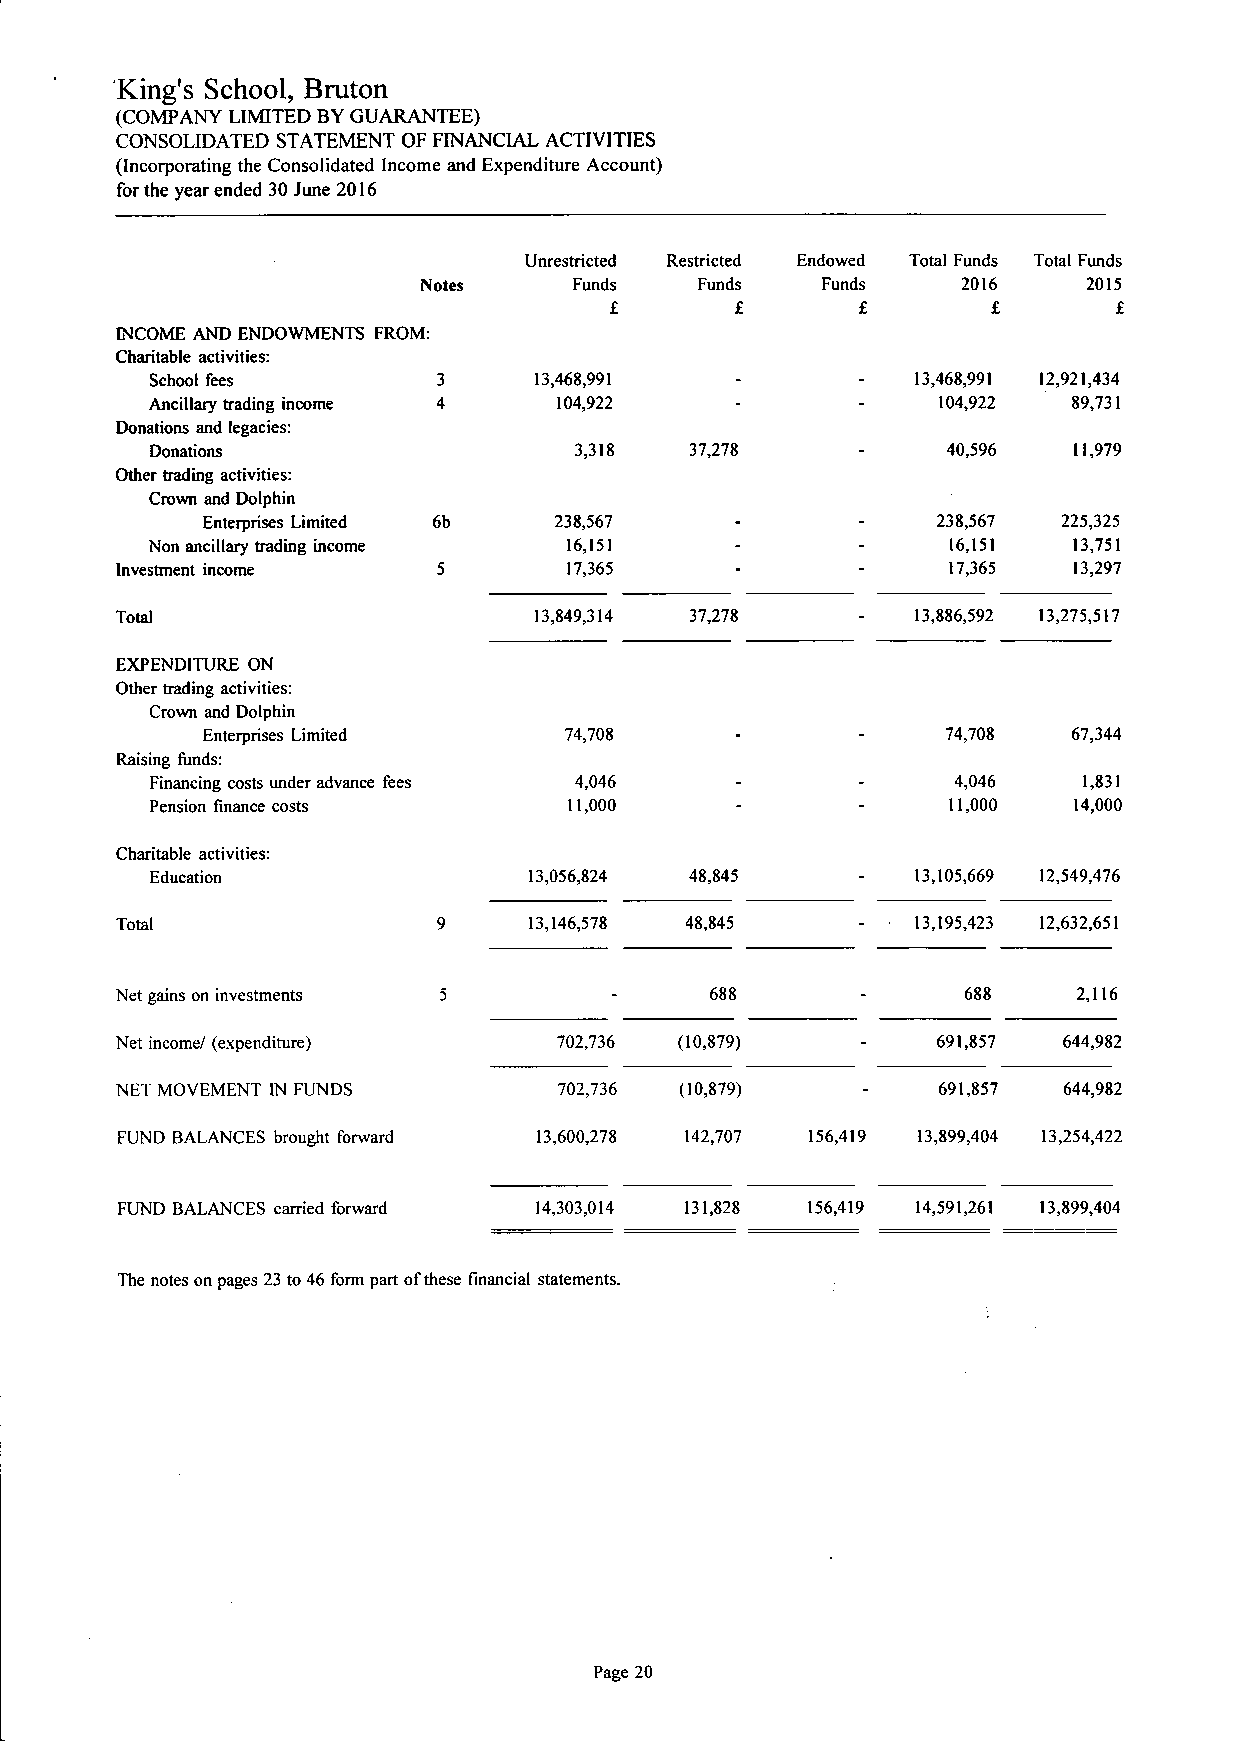
King's School, Bruton
 (COMPANY LIMITED BY GUARANTEE)
 CONSOLIDATED STATEMENT OF FINANCIAL ACTIVITIES
 (Incorporating the Consolidated Income and Expenditure Account)
 for the year ended 30 June 2016
 Unrestricted Restricted Endowed Total Funds Total Funds
 Notes     Funds   Funds   Funds     2016    2015
 £        £       £        £       £
 INCOME AND ENDOWMENTS FROM:
 Charitable activities:
 School fees        3     13,468,991                13,468,991 12,921,434
 Ancillary trading income 4 104,922                  104,922  89,731
 Donations and legacies:
 Donations                   3,318   37,278           40,596  11,979
 Other trading activities:
 Crown and Dolphin
 Enterprises Limited 6b  238,567                  238,567 225,325
 Non ancillary trading income 16,151                  16,151  13,751
 Investment income    5        17,365                   17,365  13,297
 Total                      13,849,314 37,278     -   13,886,592 13,275,517
 EXPENDITURE ON
 Other trading activities:
 Crown and Dolphin
 Enterprises Limited     74,708      -       -     74,708  67,344
 Raising funds:
 Financing costs under advance fees 4,046             4,046    1,831
 Pension finance costs       11,000                   11,000  14,000
 Charitable activities:
 Education                13,056,824 48,845     -   13,105,669 12,549,476
 Total                9     13,146,578 48,845     -   13,195,423 12,632,651
 Net gains on investments 5      -      688       -      688    2,116
 Net income/ (expenditure)    702,736 (10,879)    -    691,857 644,982
 NET MOVEMENT IN FUNDS        702,736 (10,879)    -    691,857 644,982
 FUND BALANCES brought forward 13,600,278 142,707 156,419 13,899,404 13,254,422
 FUND BALANCES carried forward 14,303,014 131,828 156,419 14,591,261 13,899,404
 The notes on pages 23 to 46 form part of these financial statements.
 Page 20